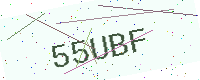
Text: 55UBF